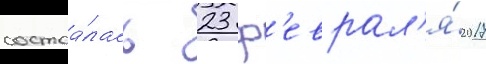
состоа́лась 23 ф'еврал'я́ 2017